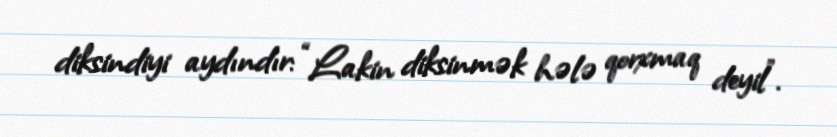
diksindiyi aydındır: “Lakin diksinmək hələ qorxmaq deyil”.